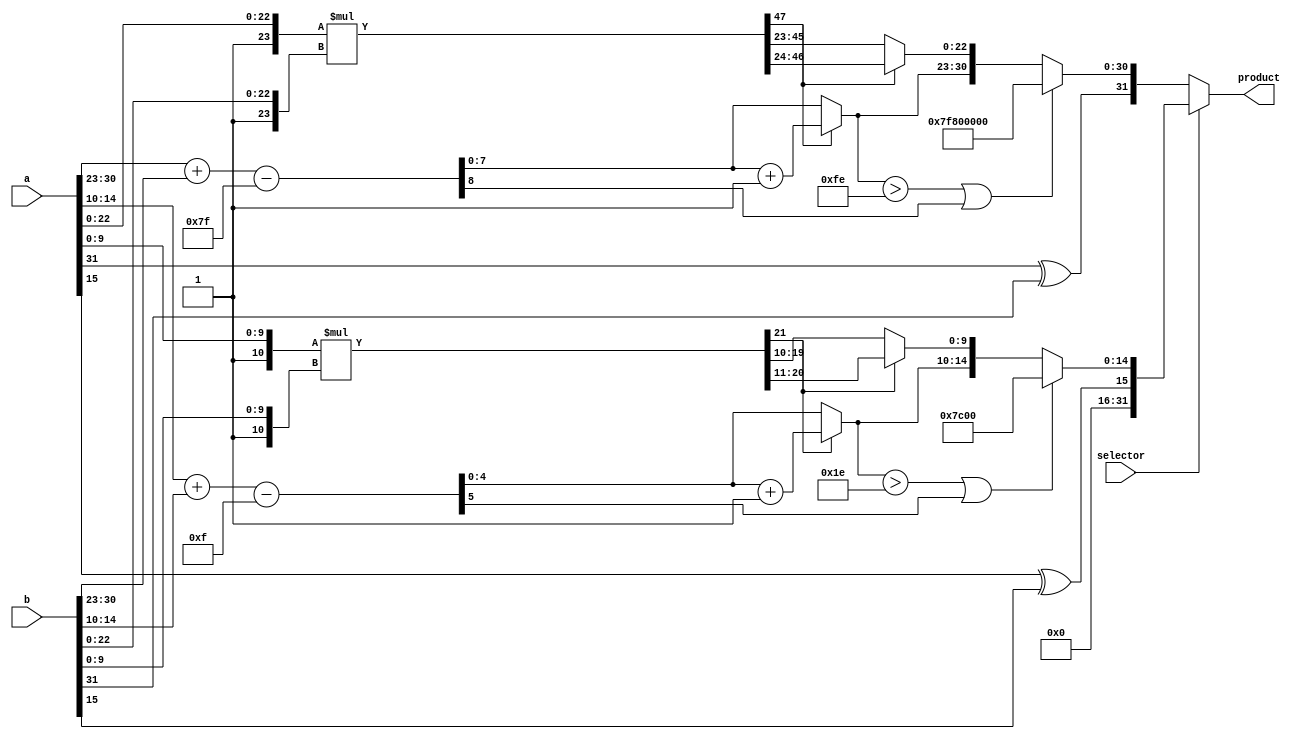
module floating_point_multiplier (
    input wire [31:0] a,
    input wire [31:0] b,
    input wire selector,
    output reg [31:0] product
);

wire sign_a = a[31];               //Separamos los nmeros por su signo, exponente y mantissa, donde agregamos un 1 para que el bit ms significativo de la mantissa sea 1, luego calculamos el producto de estas, restamos los
wire [7:0] exponent_a = a[30:23];  //exponentes menos el bias (el bias es la constante para poder calcular los exponentes, por ejemplo si tenemos 128, se tendria el exponente 1, ya que, 128 - 127 = 1) y el signo ser un XOR
wire [22:0] mantissa_a = a[22:0];  //entre ellos

wire sign_b = b[31];
wire [7:0] exponent_b = b[30:23];
wire [22:0] mantissa_b = b[22:0];

wire [23:0] mantissa_a_norm = {1'b1, mantissa_a};
wire [23:0] mantissa_b_norm = {1'b1, mantissa_b};

wire [47:0] mantissa_product = mantissa_a_norm * mantissa_b_norm;

wire [8:0] exponent_sum = exponent_a + exponent_b - 127; // Ajustar por el bias

wire sign_product = sign_a ^ sign_b;

reg [22:0] mantissa_normalized;
reg [7:0] exponent_normalized;
reg overflow;

always @(*) begin                                                         //Aqui se normaliza el exponente y la mantissa, si es que hubo un carry en el prodducto, entonces, se toma la mantissa desde el 46:42 y se suma en 1 el
    if (mantissa_product[47] == 1) begin                                  //exponente, caso contrario, se toma desde el 45:23 para la mantissa normalizada. Por ultim, se verifica si es que el exponente ha tenido un overflow,
        mantissa_normalized = mantissa_product[46:24];                    //que sucede si es que el exponente es mayor a 254 o si el bit mas significativo de la suma de exponentes es 1
        exponent_normalized = exponent_sum + 1;
    end else begin
        mantissa_normalized = mantissa_product[45:23];
        exponent_normalized = exponent_sum;
    end
    overflow = (exponent_normalized > 8'hFE) || (exponent_sum[8] == 1);
end


//Se realiza el mismo proceso para el clculo de una multiplicacin en 16 bits
wire [15:0] a_six = a[15:0];
wire [15:0] b_six = b[15:0];

wire sign_a_six = a_six[15];
wire [4:0] exponent_a_six = a_six[14:10];
wire [9:0] mantissa_a_six = a_six[9:0];

wire sign_b_six = b_six[15];
wire [4:0] exponent_b_six = b_six[14:10];
wire [9:0] mantissa_b_six = b_six[9:0];

wire [10:0] mantissa_a_norm_six = {1'b1, mantissa_a_six};
wire [10:0] mantissa_b_norm_six = {1'b1, mantissa_b_six};

wire [21:0] mantissa_product_six = mantissa_a_norm_six * mantissa_b_norm_six;

wire [5:0] exponent_sum_six = exponent_a_six + exponent_b_six - 15; // Ajustar por el bias

wire sign_product_six = sign_a_six ^ sign_b_six;

reg [9:0] mantissa_normalized_six;
reg [4:0] exponent_normalized_six;
reg overflow_six;

always @(*) begin
    if (mantissa_product_six[21] == 1) begin
        mantissa_normalized_six = mantissa_product_six[20:11];
        exponent_normalized_six = exponent_sum_six + 1;
    end else begin
        mantissa_normalized_six = mantissa_product_six[19:10];
        exponent_normalized_six = exponent_sum_six;
    end
    overflow_six = (exponent_normalized_six > 5'h1E) || (exponent_sum_six[5] == 1);
end

always @(*) begin                                            //Si es que el selector fue 1, se toma el valor de 16 bits, caso contrario el de 32 bits, adems, si es que hubo overflow, el producto ser un valor infinito.
    if(selector) begin
        if (overflow_six) begin
            product = {sign_product_six, 5'h1F, 10'h0};
        end else begin
            product = {16'b0,sign_product_six, exponent_normalized_six, mantissa_normalized_six};
        end
    end
    else begin
        if (overflow) begin
            product = {sign_product, 8'hFF, 23'h0};
        end else begin
            product = {sign_product, exponent_normalized, mantissa_normalized};
        end
    end
end

endmodule